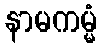
နာမကမ္မံ